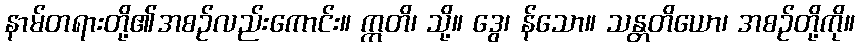
နာမ်တရားတို့၏အစဉ်လည်းကောင်း။ ဣတိ၊ သို့။ ဒွေ၊ န်သော။ သန္တတိယော၊ အစဉ်တို့ကို။